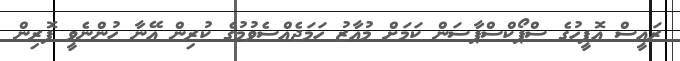
ރައީސް އޮފީހުގެ ސްޕޯކްސްޕާސަން ކަމަށް މުއާޒު ހަމަޖެއްސެވުމުގެ ކުރިން އޭނާ ހުންނެވީ ފޮރިން